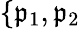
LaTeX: \{ \mathfrak{p}_{1},\mathfrak{p}_{2}